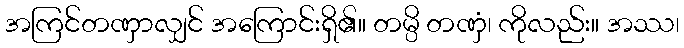
အကြင်တဏှာလျှင် အကြောင်းရှိ၏။ တမ္ပိ တဏှံ၊ ကိုလည်း။ အဿ၊